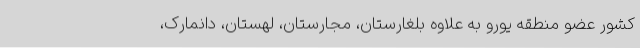
کشور عضو منطقه یورو به علاوه بلغارستان، مجارستان، لهستان، دانمارک،